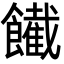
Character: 𩟙